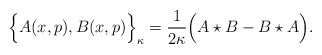
\begin{align*}\Big \{ A(x,p) , B(x,p) \Big \}_{\kappa} = \frac{1}{2\kappa} \Big ( A \star B - B \star A \Big ).\end{align*}